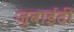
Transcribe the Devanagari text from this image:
ज़ुबाईदी